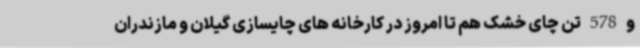
و 578 تن چای خشک هم تا امروز در کارخانه های چایسازی گیلان و مازندران